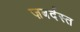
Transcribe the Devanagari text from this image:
ज़बर्दस्‍त